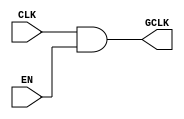
module ClockGating (
    input wire CLK,         // Primary clock signal
    input wire EN,          // Enable signal
    output wire GCLK       // Gated clock output
);

// Gated clock generation using AND gate
assign GCLK = CLK & EN;

endmodule